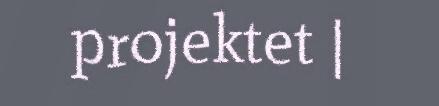
projektet |